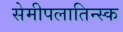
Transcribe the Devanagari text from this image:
सेमीपलातिन्स्क